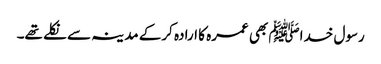
رسول خداﷺ بھی عمرہ کا ارادہ کرکے مدینہ سے نکلے تھے۔